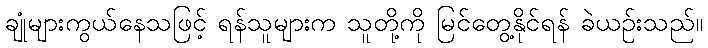
ချုံများကွယ်နေသဖြင့် ရန်သူများက သူတို့ကို မြင်တွေ့နိုင်ရန် ခဲယဉ်းသည်။